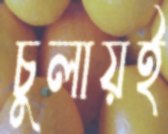
চুলায়ই